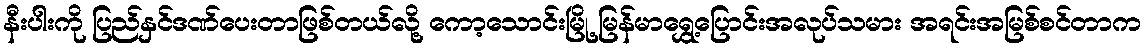
နီးပါးကို ပြည်နှင်ဒဏ်ပေးတာဖြစ်တယ်လို့ ကော့သောင်းမြို့ မြန်မာရွှေ့ပြောင်းအလုပ်သမား အရင်းအမြစ်စင်တာက